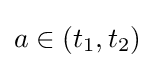
a\in (t_{1},t_{2})